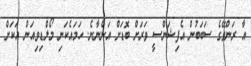
އާ ރަންވޭގެ ސަބަބުން އެފިޝަންސީ ވަރަށް ބޮޑަށް އަންނާނެ. ހަމައެކަނި މޯލްޑިވިއަން އަކަށް